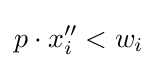
p\cdot x''_{i}<w_{i}